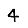
Digit: 4